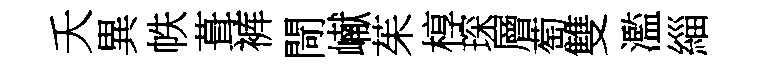
夭異帙葺裤閜𪩘茱椁琛層萄雙濫緇